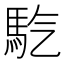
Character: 𩡹